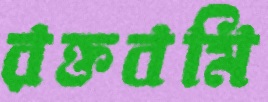
রক্তবমি